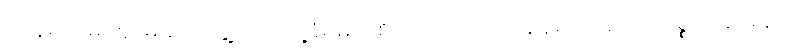
ကျန်ရက်များ၌ မပျော်မွေ့ဘဲ ကဲ့ရဲ့ခံရမည်စိုးသောကြောင့် နေရကြောင်း သစ္စာပြဆိုခန်း။